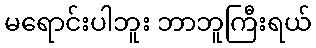
မရောင်းပါဘူး ဘာဘူကြီးရယ်